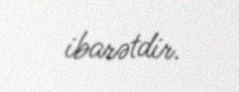
ibarətdir.